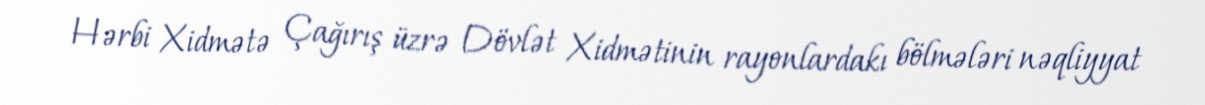
Hərbi Xidmətə Çağırış üzrə Dövlət Xidmətinin rayonlardakı bölmələri nəqliyyat